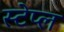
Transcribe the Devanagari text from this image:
स्टेप्ल